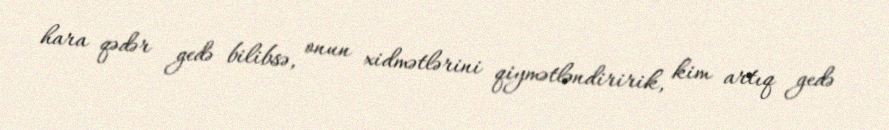
hara qədər gedə bilibsə, onun xidmətlərini qiymətləndiririk, kim artıq gedə